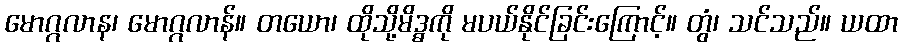
မောဂ္ဂလာန၊ မောဂ္ဂလာန်။ တယော၊ ထိုသို့မိဒ္ဓကို မပယ်နိုင်ခြင်းကြောင့်။ တွံ၊ သင်သည်။ ယထာ